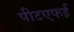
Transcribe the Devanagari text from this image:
पीटएफई